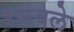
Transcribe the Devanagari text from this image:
रमवले